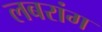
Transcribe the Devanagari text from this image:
लबरांग